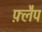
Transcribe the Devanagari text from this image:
फ़्लैप